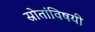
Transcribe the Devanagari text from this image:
स्रोतांविषयी